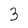
Character: 3